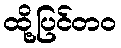
ထို့ပြင်တဝ